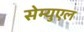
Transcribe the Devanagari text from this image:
सेम्युएल